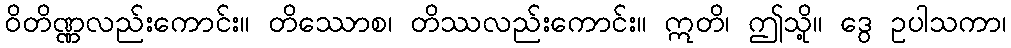
ဝိတိဏ္ဏလည်းကောင်း။ တိဿောစ၊ တိဿလည်းကောင်း။ ဣတိ၊ ဤသို့။ ဒွေ ဥပါသကာ၊